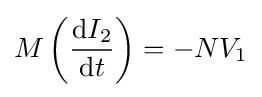
M\left({\mathrm {d} I_{2} \over \mathrm {d} t}\right)=-NV_{1}\,\!